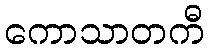
ကောသာတကီ